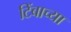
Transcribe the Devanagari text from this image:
टिंबाच्या